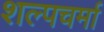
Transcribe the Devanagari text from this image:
शल्पचर्मा